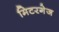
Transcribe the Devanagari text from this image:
मिटरगेज